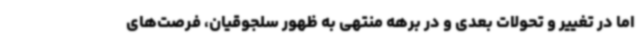
اما در تغییر و تحولات بعدی و در برهه منتهی به ظهور سلجوقیان، فرصت‌های